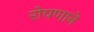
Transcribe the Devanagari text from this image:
रोपणाने